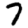
Digit: 7